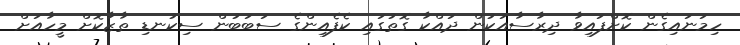
ހިމަނައިގެން ކޮށްފައިވާ ދިރާސާއަކުން ދައްކާ ގޮތުގައި ކެފެއިންގެ ސަބަބުން ސިކުނޑި ތާޒާކޮށް މީހާއަށް